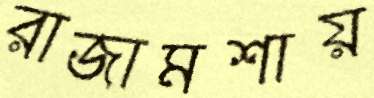
রাজামশায়